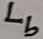
Text: Lb